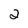
Character: 2